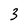
Character: 3